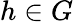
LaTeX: h\in G